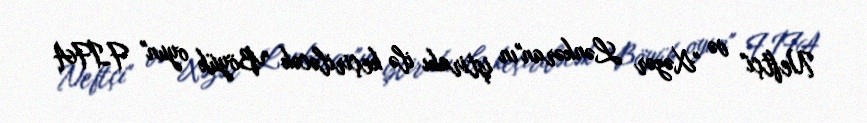
Neftçi" və "Xəzər Lənkəran"ın iştirakı ilə keçiriləcək "Böyük oyun" FİFA